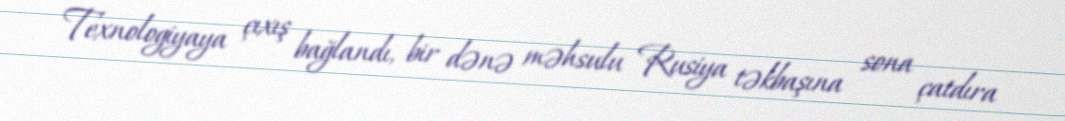
Texnologiyaya çıxış bağlandı, bir dənə məhsulu Rusiya təkbaşına sona çatdıra